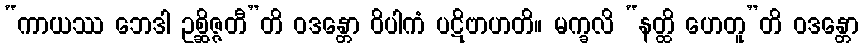
“ကာယဿ ဘေဒါ ဥစ္ဆိဇ္ဇတီ”တိ ဝဒန္တော ဝိပါကံ ပဋိဗာဟတိ။ မက္ခလိ “နတ္ထိ ဟေတူ”တိ ဝဒန္တော